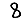
Digit: 8